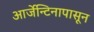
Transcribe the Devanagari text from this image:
आर्जेन्टिनापासून